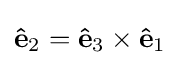
\mathbf {\hat {e}} _{2}=\mathbf {\hat {e}} _{3}\times \mathbf {\hat {e}} _{1}